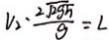
V _ { 2 } \cdot \frac { 2 \sqrt { 2 g 5 } } { g } = L